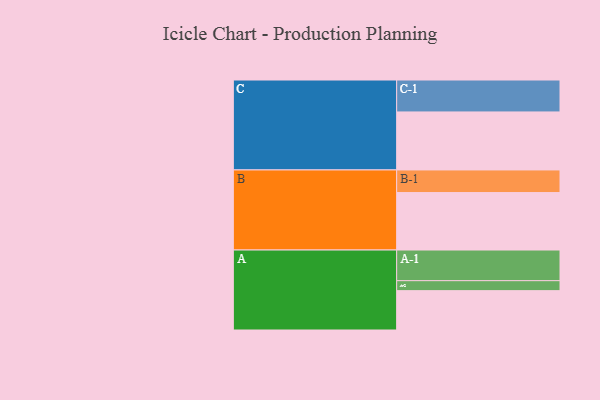
{"axis": {"x": "Segment", "y": "Value"}, "legend": ["", "A", "B", "C"], "data": [{"x": "A", "y": 367, "type": ""}, {"x": "B", "y": 536, "type": ""}, {"x": "C", "y": 541, "type": ""}, {"x": "A-1", "y": 286, "type": "A"}, {"x": "A-2", "y": 93, "type": "A"}, {"x": "B-1", "y": 211, "type": "B"}, {"x": "C-1", "y": 298, "type": "C"}]}